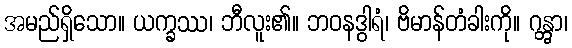
အမည်ရှိသော။ ယက္ခဿ၊ ဘီလူး၏။ ဘဝနဒွါရံ၊ ဗိမာန်တံခါးကို။ ဂန္တွာ၊